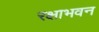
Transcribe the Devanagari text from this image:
रक्षाभवन